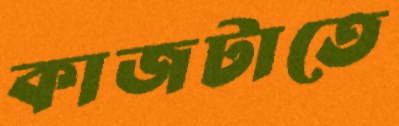
কাজটাতে